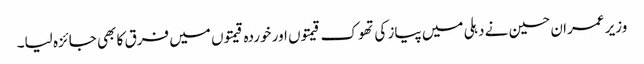
وزیر عمران حسین نے دہلی میں پیاز کی تھوک قیمتوں اور خوردہ قیمتوں میں فرق کا بھی جائزہ لیا۔